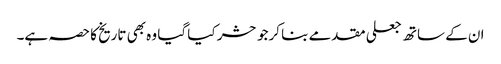
ان کے ساتھ جعلی مقدمے بنا کرجو حشر کیا گیا وہ بھی تاریخ کا حصہ ہے۔